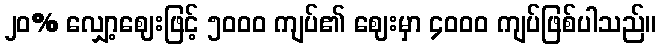
၂၀% လျှော့ဈေးဖြင့် ၅၀၀၀ ကျပ်၏ ဈေးမှာ ၄၀၀၀ ကျပ်ဖြစ်ပါသည်။